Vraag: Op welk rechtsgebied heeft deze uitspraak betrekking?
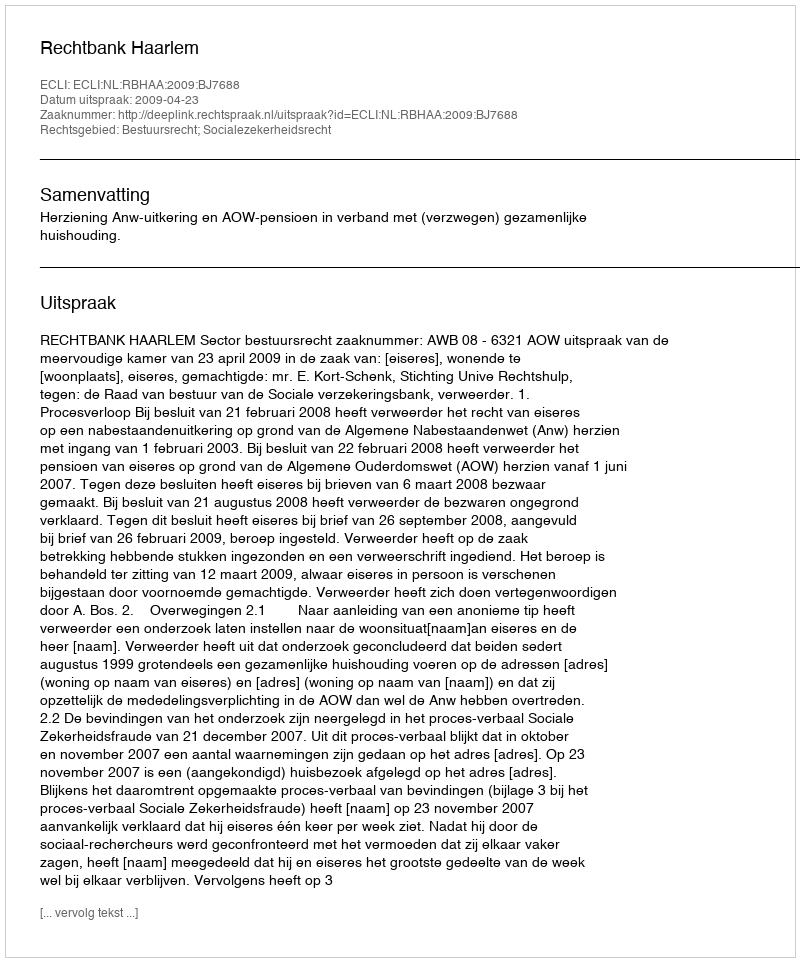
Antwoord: Bestuursrecht; Socialezekerheidsrecht